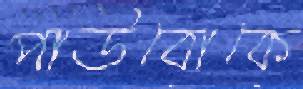
পাউবোকে